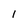
Character: 1